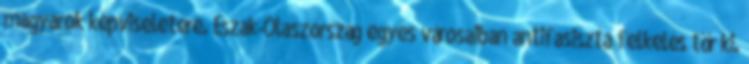
magyarok képviseletére. Észak-Olaszország egyes városaiban antifasiszta felkelés tör ki.